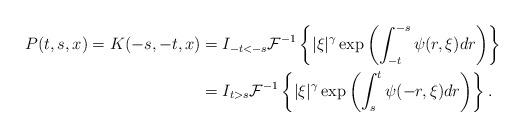
LaTeX: \begin{align*}P(t,s,x)=K(-s,-t,x)&=I_{-t<-s}\mathcal{F}^{-1}\left\{|\xi|^{\gamma}\exp\left(\int_{-t}^{-s}\psi(r,\xi)dr\right)\right\} \\&=I_{t>s}\mathcal{F}^{-1}\left\{|\xi|^{\gamma}\exp\left(\int_{s}^{t}\psi(-r,\xi)dr\right)\right\}.\end{align*}